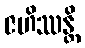
ဇဟိဿန္တိ